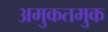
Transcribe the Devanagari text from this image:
अमुकतमुक